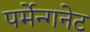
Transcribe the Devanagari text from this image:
पर्मेन्गनेट